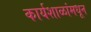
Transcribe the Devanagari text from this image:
कार्यशाळांमधून